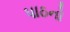
પાઠનો